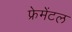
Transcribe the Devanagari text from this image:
फ्रेमेंटल